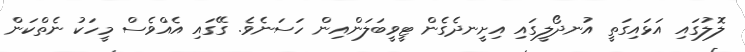
ލޮލުގައި އަޅައިގަތީ އުނދޯލީގައި އިށީނދެގެން ޓީވީބަލަންއިން ހަސަނެވެ. ގޭގައި އެއްވެސް މީހަކު ނެތްކަން